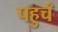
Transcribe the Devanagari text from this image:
पहुचँ